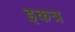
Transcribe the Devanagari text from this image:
इकत्र